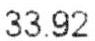
33.92